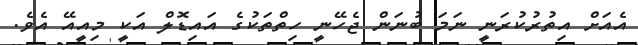
އެއަށް އިތުރުކުރަނީ ނަމަ ބުނަން ޖެހޭނީ ހިތްތަކުގެ އައިޑޮލް އަކީ މިއީއޭ އެވެ.